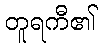
တူရကီ၏